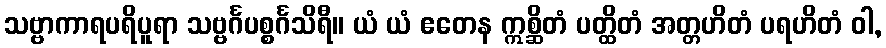
သဗ္ဗာကာရပရိပူရာ သဗ္ဗင်္ဂပစ္စင်္ဂသိရီ။ ယံ ယံ ဧတေန ဣစ္ဆိတံ ပတ္ထိတံ အတ္တဟိတံ ပရဟိတံ ဝါ,